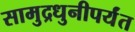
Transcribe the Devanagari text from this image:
सामुद्रधुनीपर्यंत